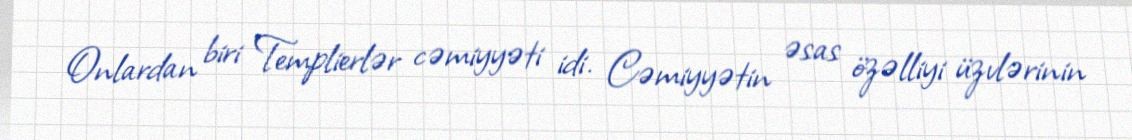
Onlardan biri Templierlər cəmiyyəti idi. Cəmiyyətin əsas özəlliyi üzvlərinin